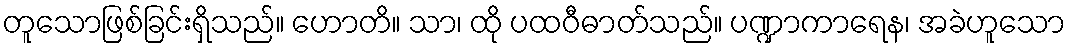
တူသောဖြစ်ခြင်းရှိသည်။ ဟောတိ။ သာ၊ ထို ပထဝီဓာတ်သည်။ ပဏ္ဍာကာရေန၊ အခဲဟူသော